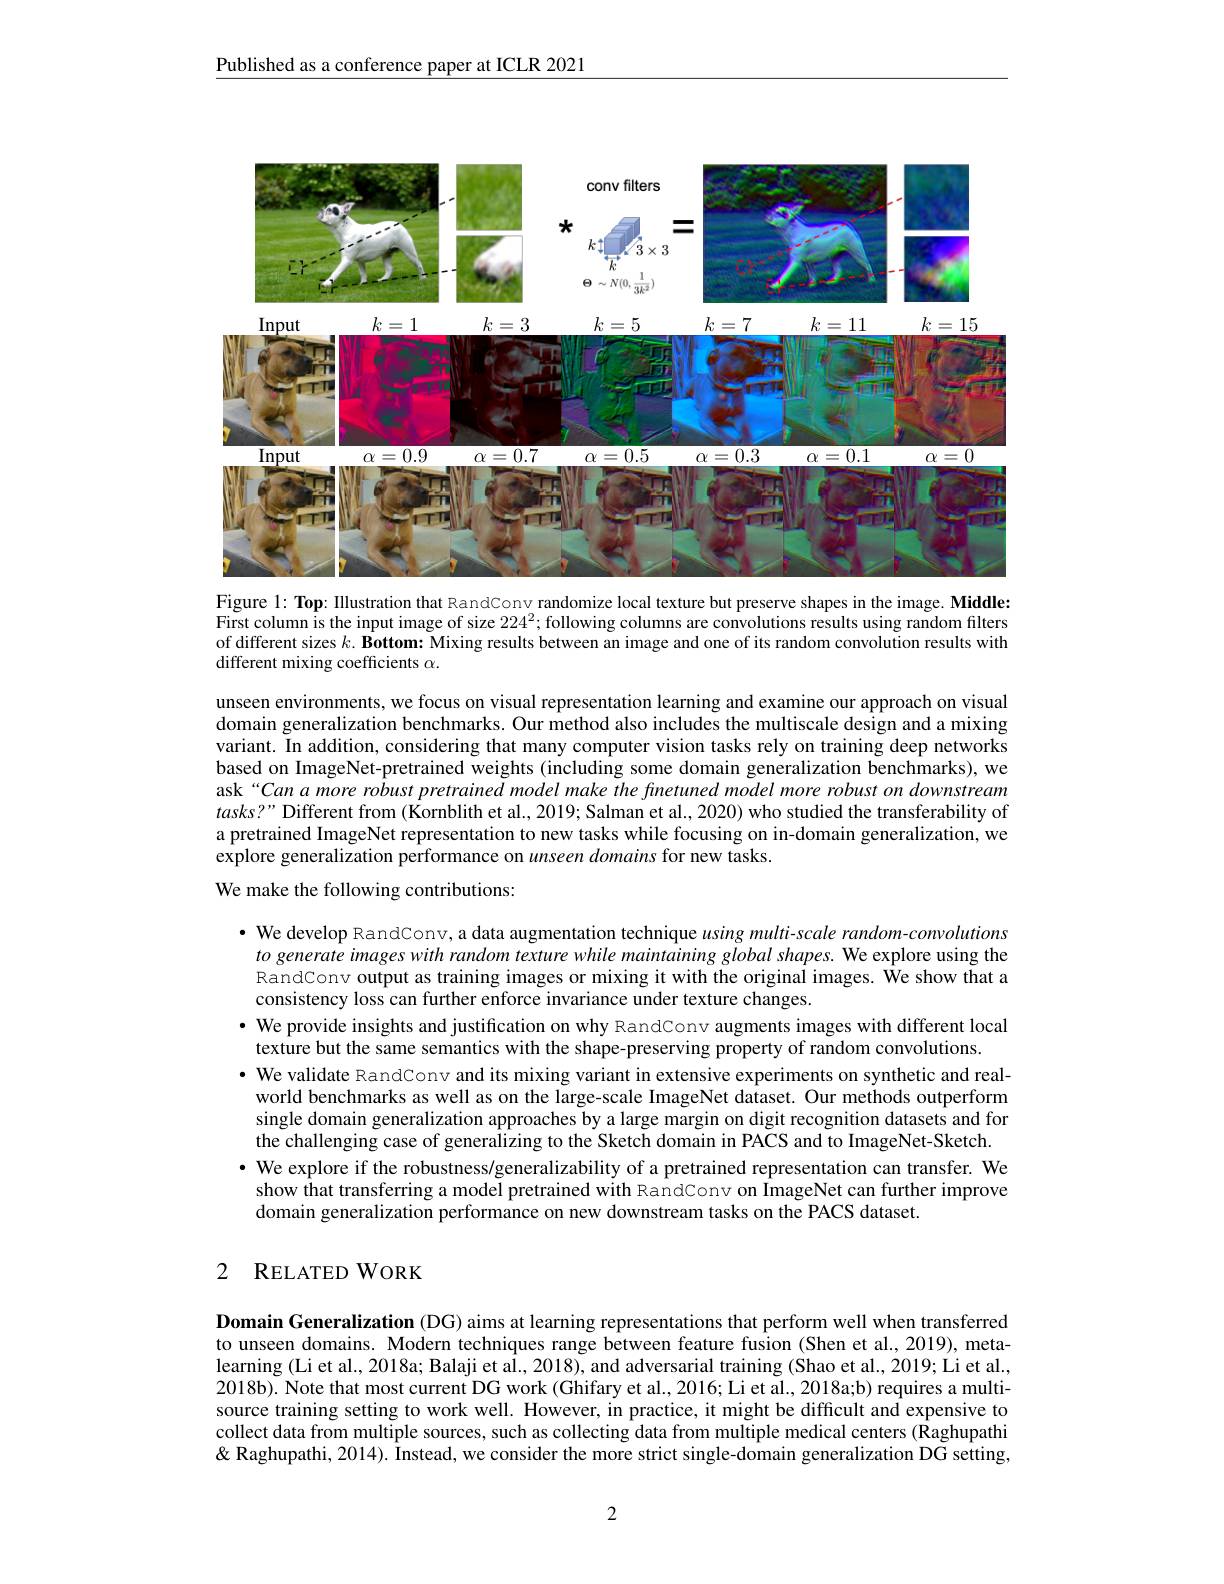
$\underline{\text{Published as a conference paper at ICLR 2021}}$

<FigureHere>

Figure l: Top: Illustration that RandConv randomize local texture but preserve shapes in the image. Middle: First column is the input image of size $224^2;$ following columns are convolutions results using random filters of different sizes $k.$ Bottom: Mixing results between an image and one of its random convolution results with different mixing coefficients $\alpha.$

unseen environments, we focus on visual representation learning and examine our approach on visual domain generalization benchmarks. Our method also includes the multiscale design and a mixing variant. In addition, considering that many computer vision tasks rely on training deep networks based on ImageNet-pretrained weights (including some domain generalization benchmarks), we ask“Can a more robust pretrained model make the finetuned model more robust on downstream $tasks?”$ Different from (Kornblith et al., 2019; Salman et al., 2020) who studied the transferability of a pretrained ImageNet representation to new tasks while focusing on in-domain generalization, we explore generalization performance on unseen domains for new tasks.

We make the following contributions:

· We develop RandConv, a data augmentation technique using multi-scale random-convolutions
to generate images with random texture while maintaining global shapes. We explore using the RandConv output as training images or mixing it with the original images. $\hat{\text{We show that a}}$ consistency loss can further enforce invariance under texture changes.
· We provide insights and justification on why RandConv augments images with different local
texture but the same semantics with the shape-preserving property of random convolutions.
· We validate RandConv and its mixing variant in extensive experiments on synthetic and realworld benchmarks as well as on the large-scale ImageNet dataset. Our methods outperform single domain generalization approaches by a large margin on digit recognition datasets and for the challenging case of generalizing to the Sketch domain in PACS and to ImageNet-Sketch. · We explore if the robustness/generalizability of a pretrained representation can transfer. We show that transferring a model pretrained with RandConv on ImageNet can further improve domain generalization performance on new downstream tasks on the PACS dataset.

## 2 RELATEDWORK

Domain Generalization (DG) aims at learning representations that perform well when transferred to unseen domains. Modern techniques range between feature fusion (Shen et al., 2019), metalearning (Li et al., 2018a; Balaji et al., 2018), and adversarial training (Shao et al., 2019; Li et al., 2018b). Note that most current DG work (Ghifary et al., 2016; Li et al.., 2018a;b) requires a multisource training setting to work well. However, in practice, it might be difficult and expensive to collect data from multiple sources, such as collecting data from multiple medical centers (Raghupathi & Raghupathi, 2014). Înstead, we consider the more strict single-domain generalization DG setting,

2